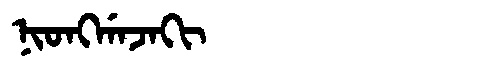
Manchu: ᠨᡳᠣᠩᡤᠠᠵᠠᡴᡳ
Romanization: NIONGGAJAKI